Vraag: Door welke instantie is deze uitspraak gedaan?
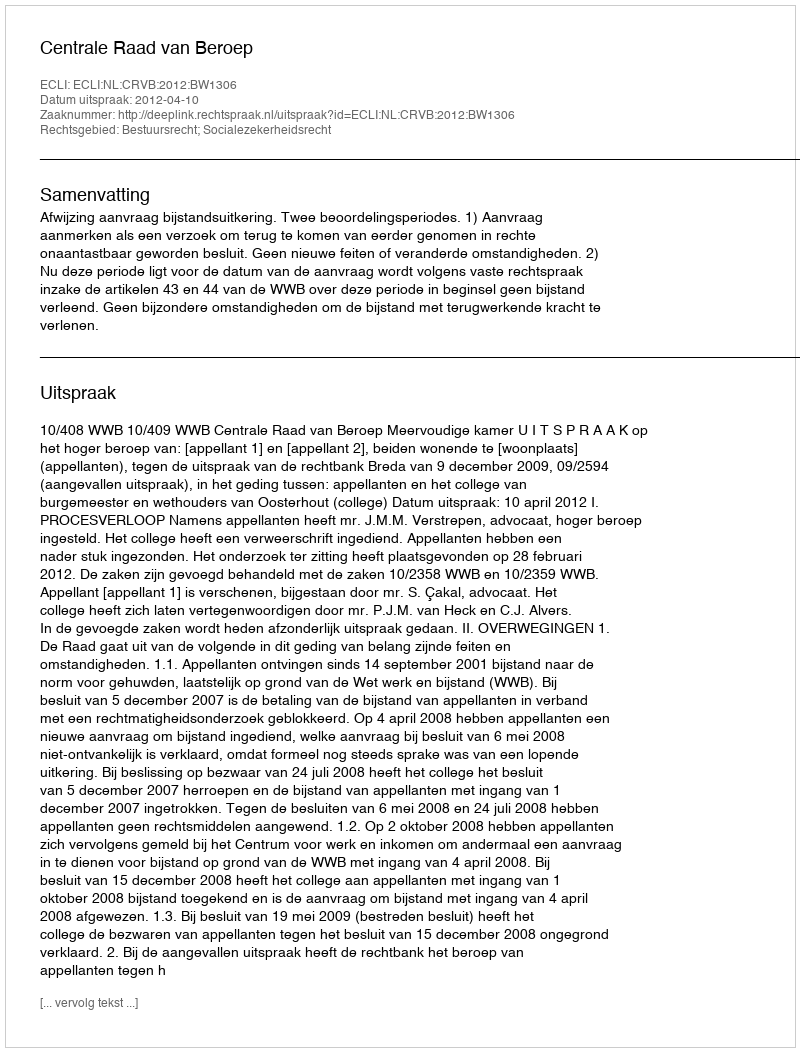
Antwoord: Centrale Raad van Beroep